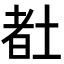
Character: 𡎉